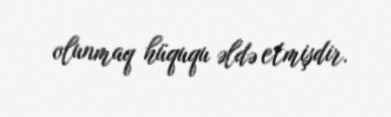
olunmaq hüququ əldə etmişdir.